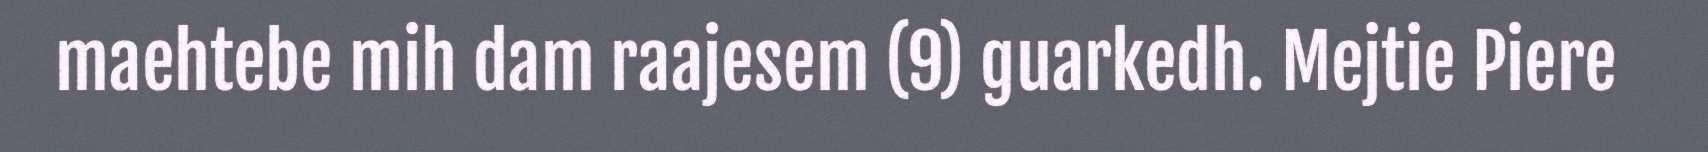
maehtebe mih dam raajesem (9) guarkedh. Mejtie Piere